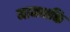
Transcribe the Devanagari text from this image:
नामभक्ति